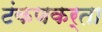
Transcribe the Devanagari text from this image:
टंकणकर्ता